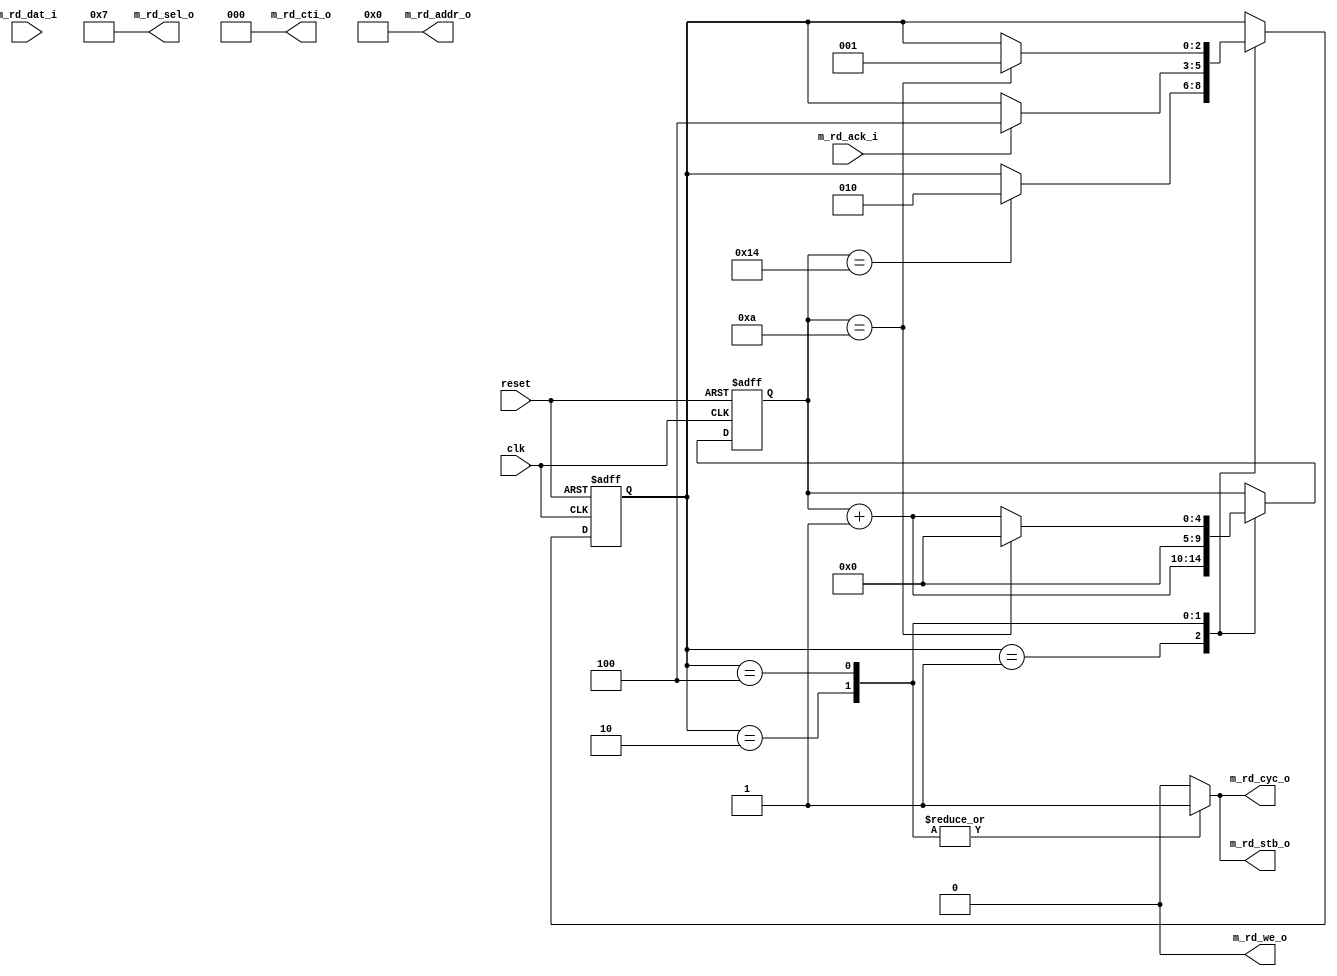
/**************************************
* Module: wb_master_dummy_request
*
* Description: This is a dummy wishnbone bus request sender. 
*  
***************************************/


module wb_master_dummy_request #(
	 //wishbone port parameters
    parameter Dw            =   32,
    parameter S_Aw          =   7,
    parameter M_Aw          =   32,
    parameter TAGw          =   3,
    parameter SELw          =   4,


		parameter REQ_LEN_CLK_NUM = 10,
		parameter REQ_WAIT_CLK_NUM = 20

)(

	 clk,
	 reset,
     //wishbone master rd interface signals
    m_rd_sel_o,
    m_rd_addr_o,
    m_rd_cti_o,
    m_rd_stb_o,
    m_rd_cyc_o,
    m_rd_we_o,
    m_rd_dat_i,
    m_rd_ack_i   

);





 //wishbone master wr interface signals
     function integer log2;
      input integer number; begin   
         log2=(number <=1) ? 1: 0;    
         while(2**log2<number) begin    
            log2=log2+1;    
         end       
      end   
    endfunction // log2 
	 
	 
	

	input reset,clk;

	//wishbone read master interface signals
    output  [SELw-1          :   0] m_rd_sel_o;
    output  [M_Aw-1          :   0] m_rd_addr_o;
    output  [TAGw-1          :   0] m_rd_cti_o;
    output                          m_rd_stb_o;
    output   reg                    m_rd_cyc_o;
    output                          m_rd_we_o;
    input   [Dw-1           :  0]   m_rd_dat_i;
    input                           m_rd_ack_i;  
	
	assign m_rd_sel_o = {TAGw{1'b1}};
	assign m_rd_addr_o ={M_Aw{1'b0}};
	assign m_rd_cti_o = 3'd0;
	assign m_rd_stb_o = m_rd_cyc_o;
	assign m_rd_we_o= 1'b0;
	
	
	 localparam  
		ACTIVEw= log2(REQ_LEN_CLK_NUM),
		DELAYw = log2(REQ_WAIT_CLK_NUM),
		COUNTERw = (ACTIVEw > DELAYw)? ACTIVEw : DELAYw;
	 
	 reg [COUNTERw-1	:	0] counter,counter_next;
	 
	 localparam ST_NUM = 3;
	 
	 localparam [ST_NUM-1:0]
		DELAY_ST = 1,		
		WAIT_FOR_ACK =2,
		HOLD_REQ =4;
		
	

	reg [ST_NUM-1	:	0] ps,ns;
	
	
	
	
	
	
	
	always @(*) begin 
		ns = ps;
		counter_next =counter;
		m_rd_cyc_o=1'b0;
		case(ps)
			DELAY_ST: begin 
				counter_next=counter + 1'b1;
				if(counter == REQ_WAIT_CLK_NUM) begin 					
					ns= WAIT_FOR_ACK;				
				end
			end
			WAIT_FOR_ACK: begin 
				 m_rd_cyc_o=1'b1;
				 counter_next= {COUNTERw{1'b0}};
				 if(m_rd_ack_i)begin 
					ns= HOLD_REQ;		
				 end
			
			end
			HOLD_REQ: begin 
				m_rd_cyc_o=1'b1;
				counter_next=counter + 1'b1;
				if(counter == REQ_LEN_CLK_NUM) begin 					
					 counter_next= {COUNTERw{1'b0}};
					 ns= DELAY_ST;				
				end
			
			end
			default: begin 
			
			end
		endcase
	end

	always @ (posedge clk or posedge reset)begin 
		if(reset)begin 
			ps <= DELAY_ST;
			counter<= {COUNTERw{1'b0}};
		end else begin 
			ps<=ns;
			counter <= counter_next;
		
		end	
	end


endmodule